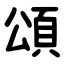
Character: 頌